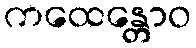
ကထေန္တောဝ